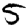
Digit: 5